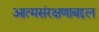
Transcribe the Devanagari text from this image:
आत्मसंरक्षणाबद्दल